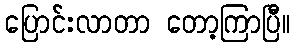
ပြောင်းလာတာ တော့ကြာပြီ။